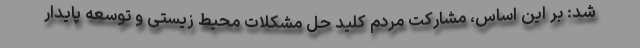
شد: بر این اساس، مشارکت مردم کلید حل مشکلات محیط زیستی و توسعه پایدار